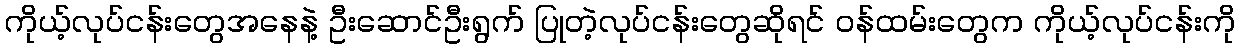
ကိုယ့်လုပ်ငန်းတွေအနေနဲ့ ဦးဆောင်ဦးရွက် ပြုတဲ့လုပ်ငန်းတွေဆိုရင် ဝန်ထမ်းတွေက ကိုယ့်လုပ်ငန်းကို